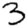
Digit: 3